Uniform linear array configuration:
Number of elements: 64
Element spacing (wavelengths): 0.75
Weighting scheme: uniform
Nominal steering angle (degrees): -30
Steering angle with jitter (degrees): -28.256
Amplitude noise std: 0.05
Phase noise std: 0.05

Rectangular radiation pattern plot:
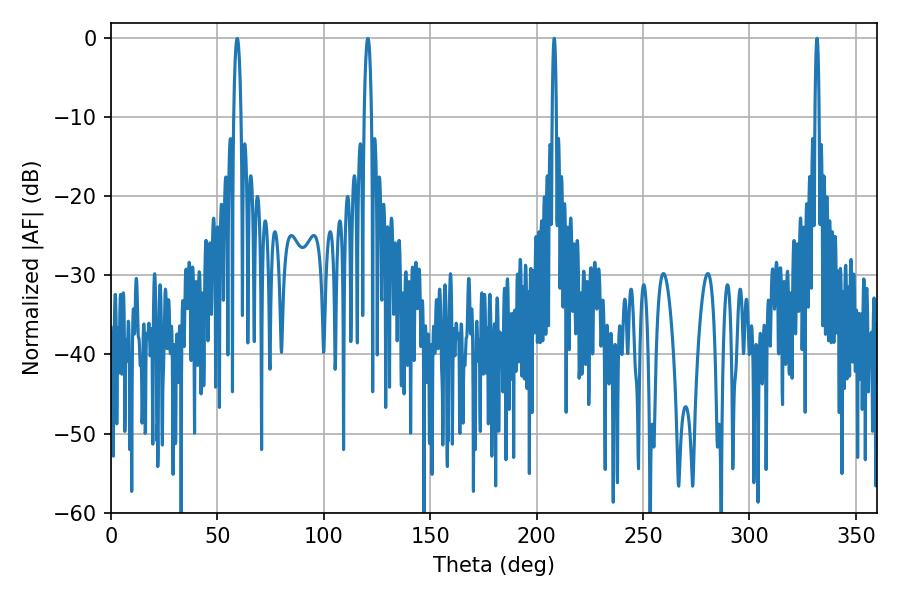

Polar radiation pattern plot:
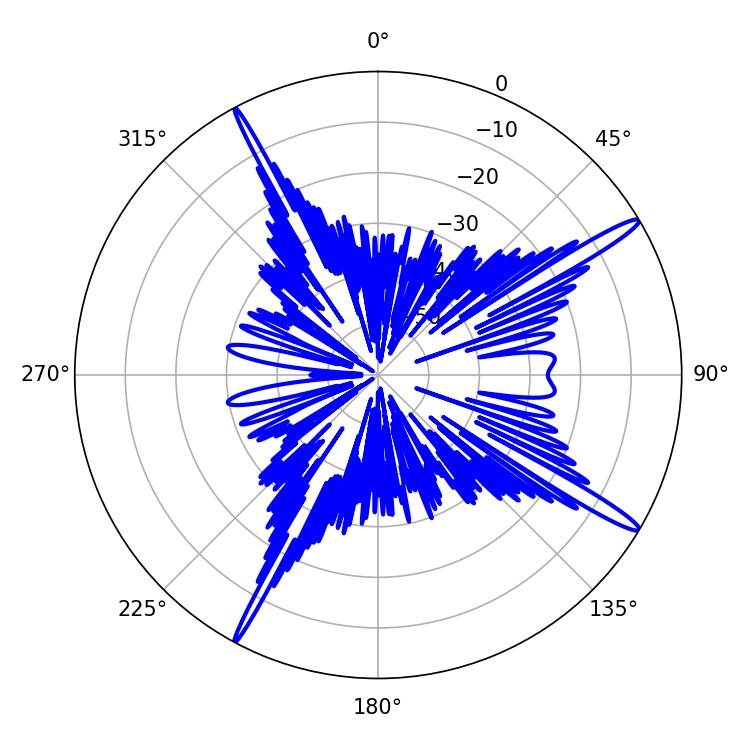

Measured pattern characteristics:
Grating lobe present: TRUE
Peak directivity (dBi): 16.184
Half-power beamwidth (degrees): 1.08
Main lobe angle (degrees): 208.26